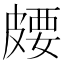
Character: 𪾈